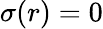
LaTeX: \sigma(r)=0